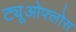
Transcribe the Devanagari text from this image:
ट्यूओफ्लोस